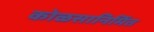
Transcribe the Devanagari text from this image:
कोळसानिर्मित